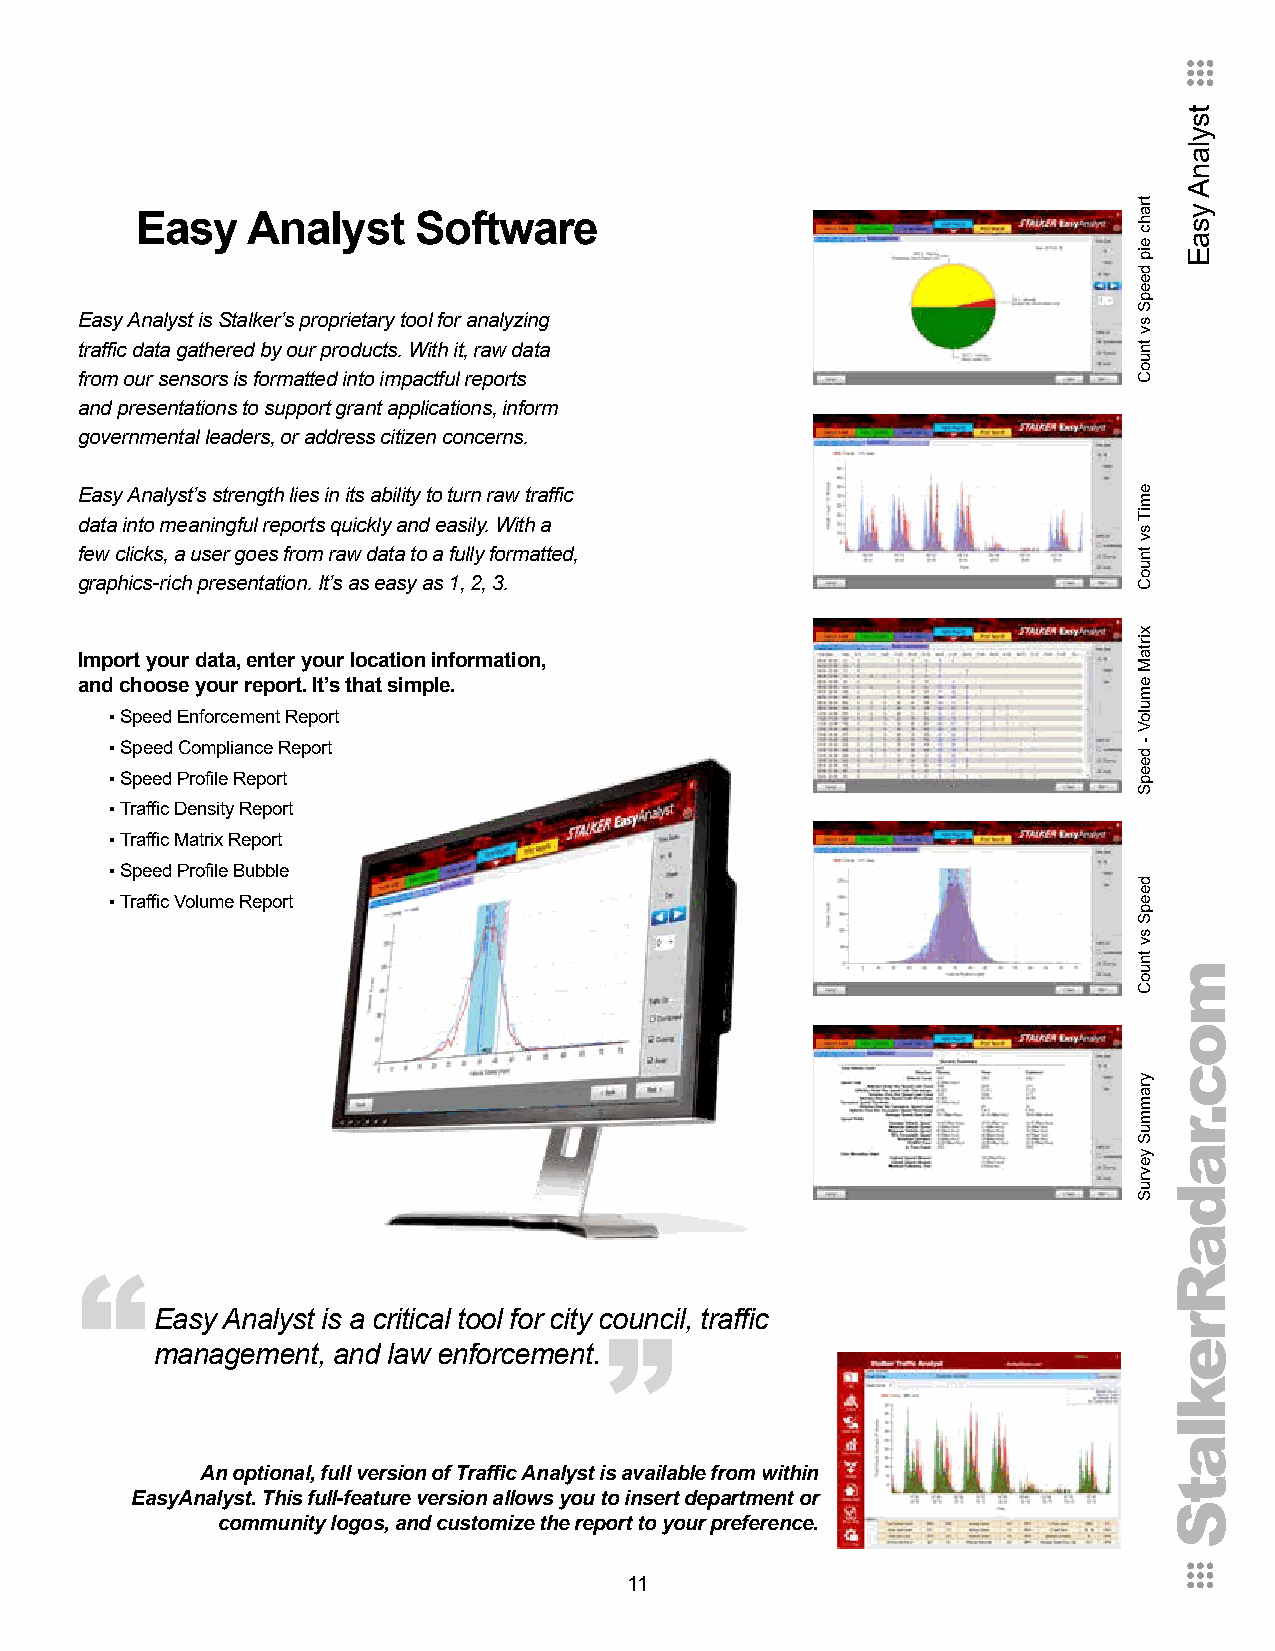
Easy   Analyst    Software
 Easy Analyst is Stalker’s proprietary tool for analyzing
 traffic data gathered by our products. With it, raw data
 from our sensors is formatted into impactful reports
 and presentations to support grant applications, inform
 governmental leaders, or address citizen concerns.
 Easy Analyst’s strength lies in its ability to turn raw traffic
 data into meaningful reports quickly and easily. With a
 few clicks, a user goes from raw data to a fully formatted,
 graphics-rich presentation. It’s as easy as 1, 2, 3.
 Import your data, enter your location information,
 and choose your report. It’s that simple.
 ▪ Speed Enforcement Report
 ▪ Speed Compliance Report
 ▪ Speed Profile Report
 ▪ Traffic Density Report
 ▪ Traffic Matrix Report
 ▪ Speed Profile Bubble
 ▪ Traffic Volume Report
 “
 “
 Easy Analyst is a critical tool for city council, traffic
 management, and law enforcement.
 An optional, full version of Traffic Analyst is available from within
 EasyAnalyst. This full-feature version allows you to insert department or
 community logos, and customize the report to your preference.
 11
 trahc
 eip
 deepS
 sv
 tnuoC
 emiT
 sv
 tnuoC
 xirtaM
 emuloV
 - deepS
 deepS
 sv
 tnuoC
 yrammuS
 yevruS
 moc.radaRreklatS
 tsylanA
 ysaE